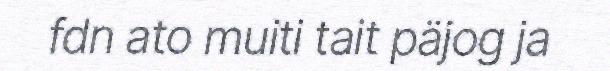
fdn ato muiti tait päjog ja